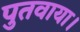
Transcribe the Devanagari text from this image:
पुतवाया।